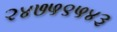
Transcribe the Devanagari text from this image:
२४७५९५४३